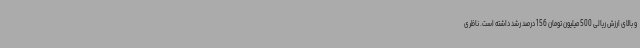
و بالای ارزش ریالی 500 میلیون تومان 156 درصد رشد داشته است. ناظری